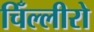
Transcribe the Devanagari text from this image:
चिँल्लीरो